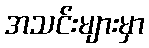
အသင်းများမှာ